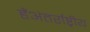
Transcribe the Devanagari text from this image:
हैंअंतर्राष्ट्रीय